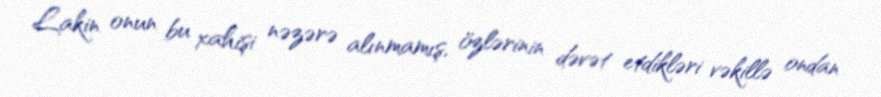
Lakin onun bu xahişi nəzərə alınmamış, özlərinin dəvət etdikləri vəkillə ondan